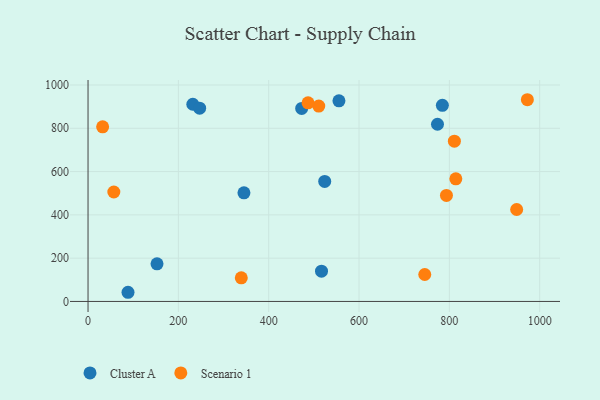
{"axis": {"x": "Distance", "y": "Demand"}, "legend": ["Cluster A", "Scenario 1"], "data": [{"x": "88.5", "y": 42.4, "type": "Cluster A"}, {"x": "152.7", "y": 173.6, "type": "Cluster A"}, {"x": "784.5", "y": 906.1, "type": "Cluster A"}, {"x": "473.0", "y": 891.6, "type": "Cluster A"}, {"x": "524.0", "y": 554.5, "type": "Cluster A"}, {"x": "232.0", "y": 911.0, "type": "Cluster A"}, {"x": "345.2", "y": 501.9, "type": "Cluster A"}, {"x": "516.9", "y": 139.8, "type": "Cluster A"}, {"x": "555.5", "y": 926.9, "type": "Cluster A"}, {"x": "247.1", "y": 892.9, "type": "Cluster A"}, {"x": "773.7", "y": 818.5, "type": "Cluster A"}, {"x": "339.3", "y": 109.2, "type": "Scenario 1"}, {"x": "793.5", "y": 489.8, "type": "Scenario 1"}, {"x": "510.8", "y": 902.5, "type": "Scenario 1"}, {"x": "814.3", "y": 566.3, "type": "Scenario 1"}, {"x": "32.3", "y": 806.6, "type": "Scenario 1"}, {"x": "745.5", "y": 124.4, "type": "Scenario 1"}, {"x": "949.0", "y": 424.8, "type": "Scenario 1"}, {"x": "57.1", "y": 505.7, "type": "Scenario 1"}, {"x": "487.1", "y": 917.8, "type": "Scenario 1"}, {"x": "972.7", "y": 931.9, "type": "Scenario 1"}, {"x": "811.1", "y": 740.2, "type": "Scenario 1"}]}